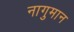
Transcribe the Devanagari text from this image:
नागुमान